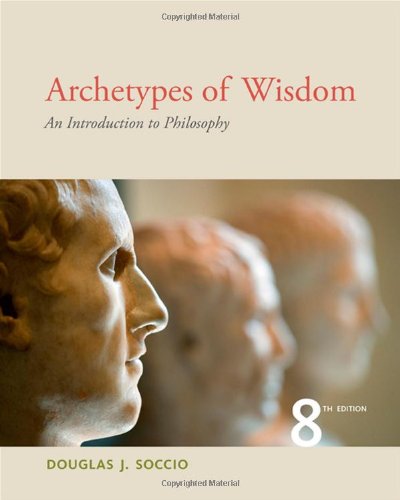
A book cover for Archetypes of Wisdom: An Introduction to Philosophy; Douglas J. Soccio; Politics & Social Sciences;